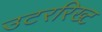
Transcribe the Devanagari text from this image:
उटररिख्ट